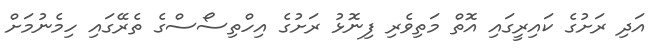
އަދި ރަށުގެ ކައިރީގައި އޮތް މަތިވެރި ފިނޮޅު ރަށުގެ އިހްތިސޯސްގެ ތެރޭގައި ހިމެނުމަށް